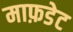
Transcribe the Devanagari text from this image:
माफ़डेट